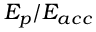
E _ { p } / E _ { a c c }